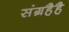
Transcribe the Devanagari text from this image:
संग्रहैहै